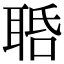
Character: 𦕾